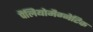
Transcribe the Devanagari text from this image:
पैलियोमैग्नेटिक